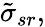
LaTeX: \tilde{\sigma}_{sr},